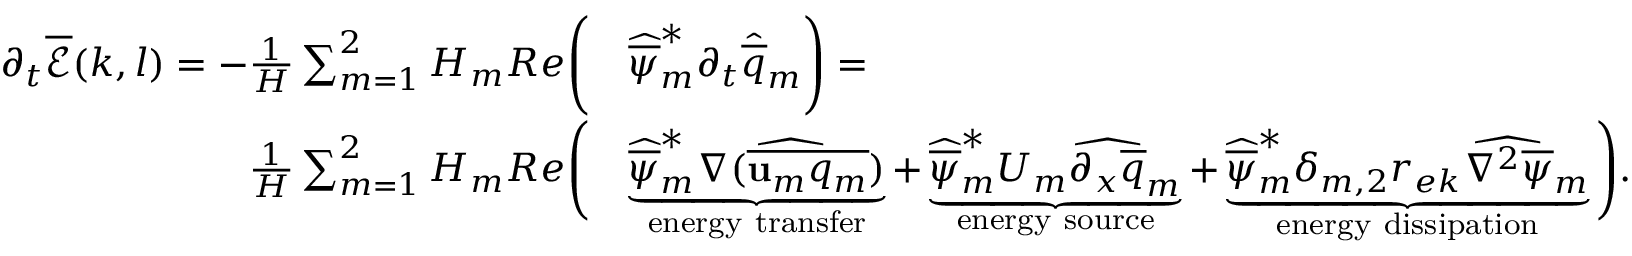
\begin{array} { r l } { \partial _ { t } \overline { { \mathcal { E } } } ( k , l ) = - \frac { 1 } { H } \sum _ { m = 1 } ^ { 2 } H _ { m } R e \Bigg ( } & { \widehat { \overline { { \psi } } } _ { m } ^ { * } \partial _ { t } \widehat { \overline { { q } } } _ { m } \Bigg ) = } \\ { \frac { 1 } { H } \sum _ { m = 1 } ^ { 2 } H _ { m } R e \Bigg ( } & { \underbrace { \widehat { \overline { { \psi } } } _ { m } ^ { * } \widehat { \nabla ( \overline { { \mathbf { u } _ { m } q _ { m } } } ) } } _ { \mathrm { e n e r g y ~ t r a n s f e r } } + \underbrace { \widehat { \overline { { \psi } } } _ { m } ^ { * } U _ { m } \widehat { \partial _ { x } \overline { { q } } } _ { m } } _ { \mathrm { e n e r g y ~ s o u r c e } } + \underbrace { \widehat { \overline { { \psi } } } _ { m } ^ { * } \delta _ { m , 2 } r _ { e k } \widehat { \nabla ^ { 2 } \overline { { \psi } } } _ { m } } _ { \mathrm { e n e r g y ~ d i s s i p a t i o n } } \Bigg ) . } \end{array}